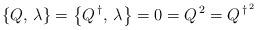
LaTeX: \begin{align*}\left \{ Q,\,\lambda \right \}=\left \{ Q^{\,\dagger},\,\lambda \right \} =0 = Q^{\,2} =Q^{\,\dagger^{\,2}}\end{align*}